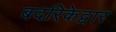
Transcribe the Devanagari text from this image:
बदरिकेद्वार